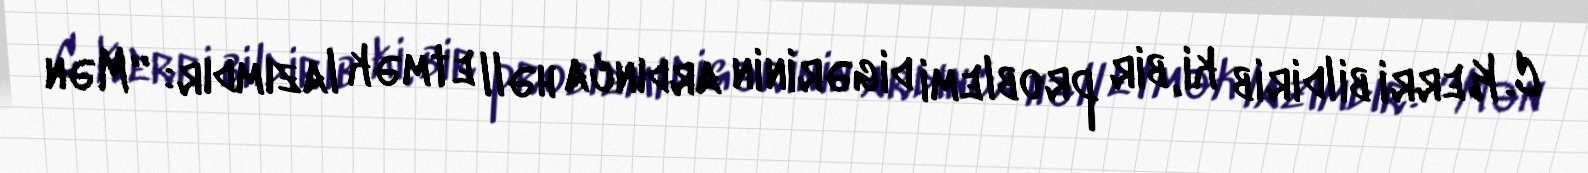
C. Kerri bildirib ki, bir problemi digərinin ardınca həll etmək lazımdır: “Mən